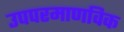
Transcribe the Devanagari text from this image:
उपपरमाणविक